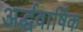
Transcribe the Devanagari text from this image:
अर्द्धवार्षिक